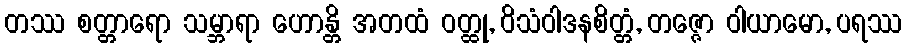
တဿ စတ္တာရော သမ္ဘာရာ ဟောန္တိ အတထံ ဝတ္ထု, ဝိသံဝါဒနစိတ္တံ, တဇ္ဇော ဝါယာမော, ပရဿ